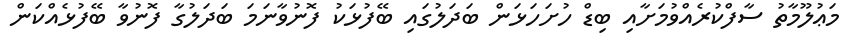
މަޢުލޫމާތު ސާފްކުރެއްވުމަށާއި ބިޑް ހުށަހަޅަން ބަދަލުގައި ބޭފުޅަކު ފޮނުވާނަމަ ބަދަލުގާ ފޮނުވާ ބޭފުޅެއްކަން